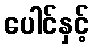
ပေါင်နှင့်